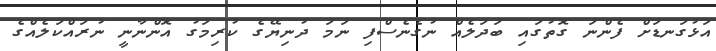
އަޅުގަނޑަށް ފެންނަ ގޮތުގައި ބަދަލެއް ނުގެނެސްފި ނަމަ ދުނިޔޭގެ ކުރިމަގު އޮންނާނީ ނުރައްކަލެއްގެ